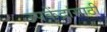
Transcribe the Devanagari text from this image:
उपकेंद्रांसाठी